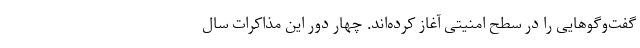
گفت‌وگوهایی را در سطح امنیتی آغاز کرده‌اند. چهار دور این مذاکرات سال